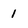
Character: 1